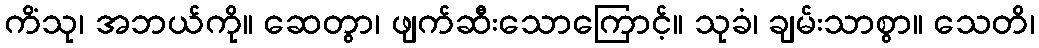
ကိံသု၊ အဘယ်ကို။ ဆေတွာ၊ ဖျက်ဆီးသောကြောင့်။ သုခံ၊ ချမ်းသာစွာ။ သေတိ၊